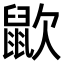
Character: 𪕆